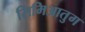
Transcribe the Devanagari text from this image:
सिमिआतुग